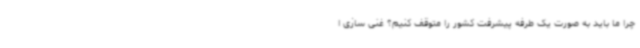
چرا ما باید به صورت یک طرفه پیشرفت کشور را متوقف کنیم؟ غنی سازی ا